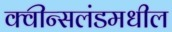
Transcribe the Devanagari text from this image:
क्वीन्सलंडमधील